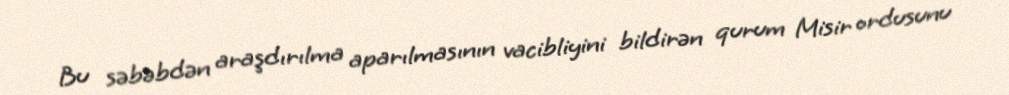
Bu səbəbdən araşdırılma aparılmasının vacibliyini bildirən qurum Misir ordusunu